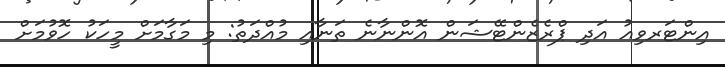
އިންޓަރވިއު އަދި ޕްރެޒެންޓޭޝަން އޮންނާނެ ތަނާއި މުއްދަތު: މި މަގާމަށް މީހަކު ހޮވުމަށް